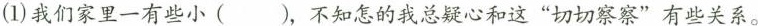
(1)我们家里一有些小( )，不知怎的我总疑心和这”切切察察”有些关系。